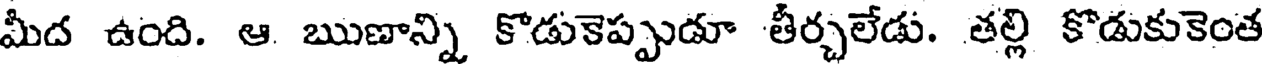
మీద ఉంది. ఆ ఋణాన్ని కొడుకెప్పుడూ తీర్చలేడు. తల్లి కొడుకుకెంత